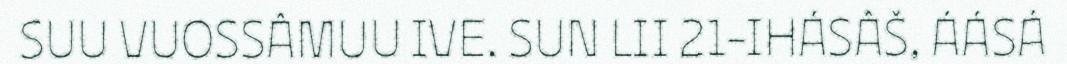
SUU VUOSSÂMUU IVE. SUN LII 21-IHÁSÂŠ, ÁÁSÁ